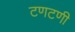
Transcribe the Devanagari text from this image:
टणटणी